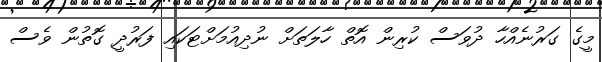
މީގެ ގަރުނެއްހާ ދުވަސް ކުރިން އޮތް ހާލަތަށް ނުދިއުމަށްޓަކައި ފަރުދީ ގޮތުން ވެސް